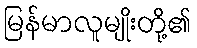
မြန်မာလူမျိုးတို့၏